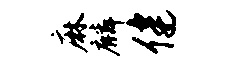
麻麟健